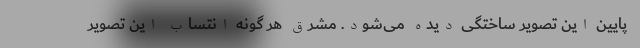
پایین این تصویر ساختگی دیده می‌شود. مشرق هر گونه انتساب این تصویر